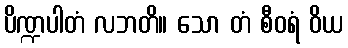
ပိဏ္ဍပါတံ လဘတိ။ သော တံ စီဝရံ ဝိယ